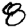
Digit: 8